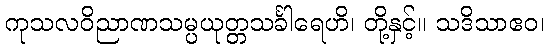
ကုသလဝိညာဏသမ္ပယုတ္တသင်္ခါရေဟိ၊ တို့နှင့်။ သဒိသာဧဝ၊